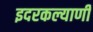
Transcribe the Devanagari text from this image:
इदरकल्याणी